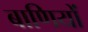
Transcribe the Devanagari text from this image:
बाणियों